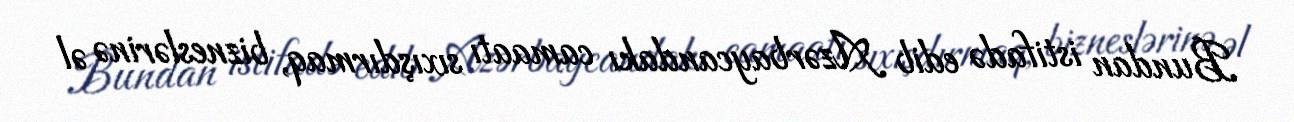
Bundan istifadə edib Azərbaycandakı camaatı sıxışdırmaq, bizneslərinə əl